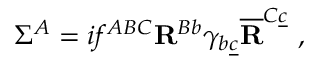
\Sigma ^ { A } = i f ^ { A B C } { \bf R } ^ { B b } \gamma _ { b \underline { { c } } } \overline { { { \bf R } } } ^ { C \underline { { c } } } \ ,